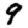
Digit: 9